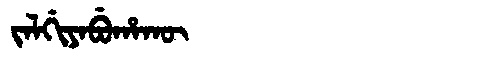
Manchu: ᠵᠠᠯᡤᡳᠶᠠᠪᡠᡥᠠᡴᡡ
Romanization: JALGIYABUHAKŪ